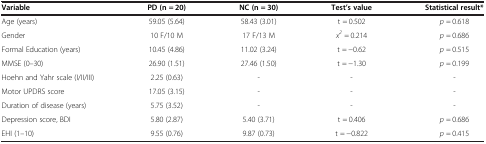
<table><thead><tr><td><b>Variable</b></td><td><b>PD (n = 20)</b></td><td><b>NC (n = 30)</b></td><td><b>Test’s value</b></td><td><b>Statistical result*</b></td></tr></thead><tbody><tr><td>Age (years)</td><td>59.05 (5.64)</td><td>58.43 (3.01)</td><td>t = 0.502</td><td><i>p</i> = 0.618</td></tr><tr><td>Gender</td><td>10 F/10 M</td><td>17 F/13 M</td><td><i>x</i><sup><i>2</i></sup> = 0.214</td><td><i>p</i> = 0.686</td></tr><tr><td>Formal Education (years)</td><td>10.45 (4.86)</td><td>11.02 (3.24)</td><td>t = −0.62</td><td><i>p</i> = 0.515</td></tr><tr><td>MMSE (0–30)</td><td>26.90 (1.51)</td><td>27.46 (1.50)</td><td>t = −1.30</td><td><i>p</i> = 0.199</td></tr><tr><td>Hoehn and Yahr scale (I/II/III)</td><td>2.25 (0.63)</td><td>-</td><td>-</td><td>-</td></tr><tr><td>Motor UPDRS score</td><td>17.05 (3.15)</td><td>-</td><td>-</td><td>-</td></tr><tr><td>Duration of disease (years)</td><td>5.75 (3.52)</td><td>-</td><td>-</td><td>-</td></tr><tr><td>Depression score, BDI</td><td>5.80 (2.87)</td><td>5.40 (3.71)</td><td>t = 0.406</td><td><i>p</i> = 0.686</td></tr><tr><td>EHI (1–10)</td><td>9.55 (0.76)</td><td>9.87 (0.73)</td><td>t = −0.822</td><td><i>p</i> = 0.415</td></tr></tbody></table>